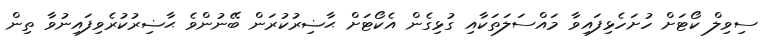
ސިވިލް ކޯޓަށް ހުށަހެޅިފައިވާ މައްސަލަތަކާއި ގުޅިގެން އެކޯޓަށް ޙާޟިރުކުރަން ބޭނުންވެ ޙާޟިރުކުރެވިފައިނުވާ ތިން